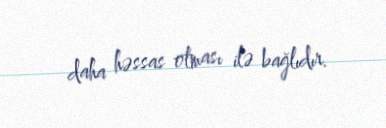
daha həssas olması ilə bağlıdır.